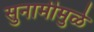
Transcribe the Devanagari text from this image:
सुनामीमुळे